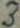
Text: 3